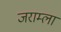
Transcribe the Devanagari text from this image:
जराम्ला